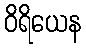
ဝိရိယေန